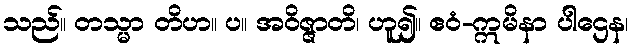
သည်။ တသ္မာ တိဟ။ ပ။ အဝိဇ္ဇာတိ၊ ဟူ၍။ ဧဝံ-ဣမိနာ ပါဌေန၊